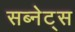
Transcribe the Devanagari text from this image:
सब्नेट्स